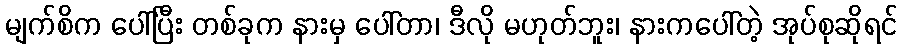
မျက်စိက ပေါ်ပြီး တစ်ခုက နားမှ ပေါ်တာ၊ ဒီလို မဟုတ်ဘူး၊ နားကပေါ်တဲ့ အုပ်စုဆိုရင်